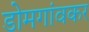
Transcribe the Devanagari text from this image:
डोमगांवकर